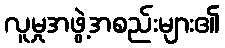
လူမှုအဖွဲ့အစည်းများ၏